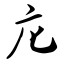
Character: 庀